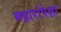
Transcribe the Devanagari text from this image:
महारांपेक्षा